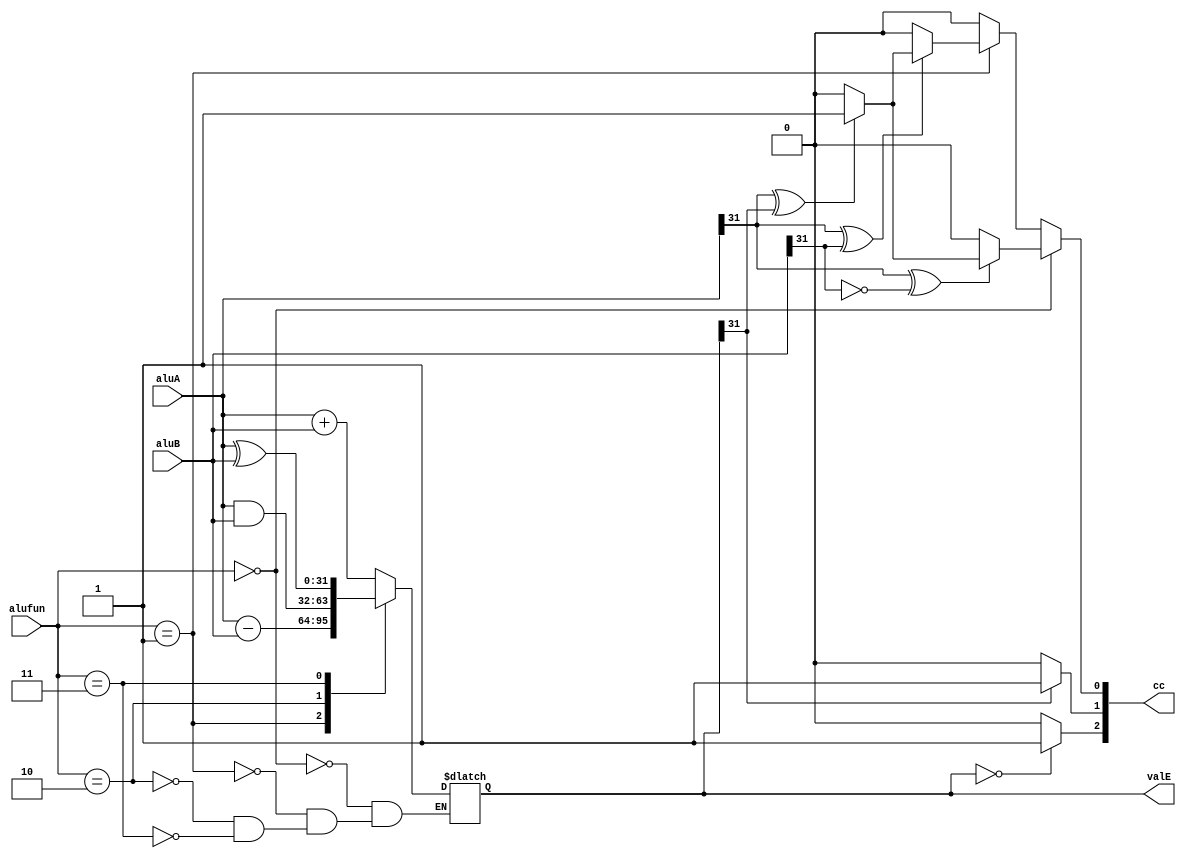
`timescale 1ns / 1ns
module alu
(
    input [31:0] aluA,
    input [31:0] aluB,
    input [3:0] alufun,
    output [31:0] valE,
    output [2:0] cc
);

reg [31:0] regvalE;
assign valE = regvalE;

reg ZF;
reg SF;
reg OF;

assign cc[2] = ZF;
assign cc[1] = SF;
assign cc[0] = OF;

always @(*) begin
    case (alufun)
        4'h0:   regvalE <= aluA + aluB; 
        4'h1:   regvalE <= aluA - aluB;
        4'h2:   regvalE <= aluA & aluB;
        4'h3:   regvalE <= aluA ^ aluB;
    endcase
    if (regvalE  == 0) begin
        ZF <= 1;
    end
    else begin
        ZF <= 0;
    end
    if (regvalE[31] == 1) begin
        SF <= 1;
    end
    else begin
        SF <= 0;
    end
    if (alufun == 0) begin
        if (aluA[31] ^ aluB[31] == 0) begin
            if (aluA[31] ^ regvalE[31] == 1) begin
                OF <= 1;
            end
            else begin
                OF <= 0;
            end
        end
        else begin
            OF <= 0;
        end
    end
    else if (alufun == 1) begin
        if (aluA[31] ^ aluB[31] == 1) begin
            if (aluA[31] ^ regvalE[31] == 1) begin
                OF <= 1;
            end
            else begin
                OF <= 0;
            end
        end
        else begin
            OF <= 0;
        end
    end
    else begin
        OF <= 0;
    end    
end

endmodule